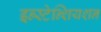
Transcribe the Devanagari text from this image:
इन्स्टेन्शियशन